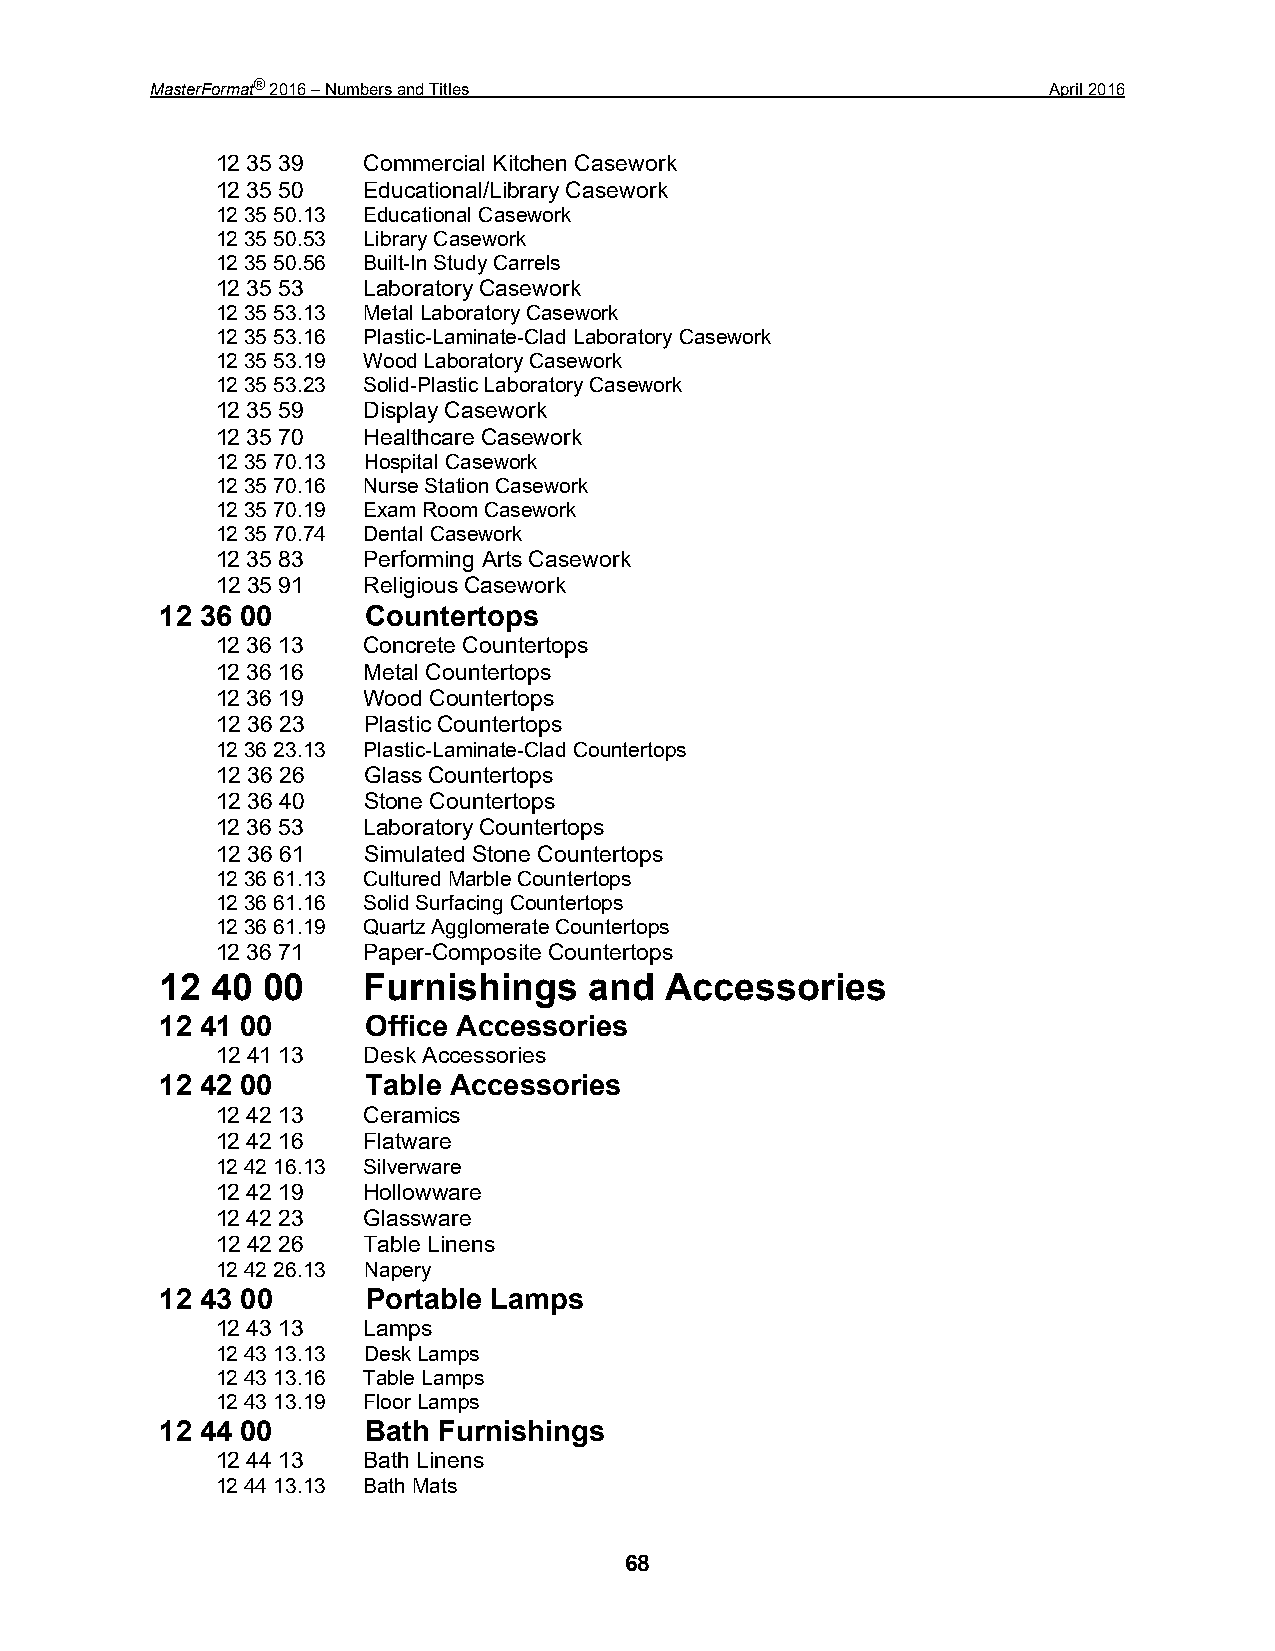
MasterFormat® 2016 – Numbers and Titles                     April 2016
 12 35 39  Commercial Kitchen Casework
 12 35 50  Educational/Library Casework
 12 35 50.13 Educational Casework
 12 35 50.53 Library Casework
 12 35 50.56 Built-In Study Carrels
 12 35 53  Laboratory Casework
 12 35 53.13 Metal Laboratory Casework
 12 35 53.16 Plastic-Laminate-Clad Laboratory Casework
 12 35 53.19 Wood Laboratory Casework
 12 35 53.23 Solid-Plastic Laboratory Casework
 12 35 59  Display Casework
 12 35 70  Healthcare Casework
 12 35 70.13 Hospital Casework
 12 35 70.16 Nurse Station Casework
 12 35 70.19 Exam Room Casework
 12 35 70.74 Dental Casework
 12 35 83  Performing Arts Casework
 12 35 91  Religious Casework
 12 36 00     Countertops
 12 36 13  Concrete Countertops
 12 36 16  Metal Countertops
 12 36 19  Wood Countertops
 12 36 23  Plastic Countertops
 12 36 23.13 Plastic-Laminate-Clad Countertops
 12 36 26  Glass Countertops
 12 36 40  Stone Countertops
 12 36 53  Laboratory Countertops
 12 36 61  Simulated Stone Countertops
 12 36 61.13 Cultured Marble Countertops
 12 36 61.16 Solid Surfacing Countertops
 12 36 61.19 Quartz Agglomerate Countertops
 12 36 71  Paper-Composite Countertops
 12 40 00     Furnishings    and  Accessories
 12 41 00     Office Accessories
 12 41 13  Desk Accessories
 12 42 00     Table Accessories
 12 42 13  Ceramics
 12 42 16  Flatware
 12 42 16.13 Silverware
 12 42 19  Hollowware
 12 42 23  Glassware
 12 42 26  Table Linens
 12 42 26.13 Napery
 12 43 00     Portable Lamps
 12 43 13  Lamps
 12 43 13.13 Desk Lamps
 12 43 13.16 Table Lamps
 12 43 13.19 Floor Lamps
 12 44 00     Bath Furnishings
 12 44 13  Bath Linens
 12 44 13.13 Bath Mats
 68